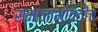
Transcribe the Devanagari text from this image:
समाजाभोवतीच